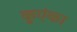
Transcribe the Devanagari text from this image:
कुएंका